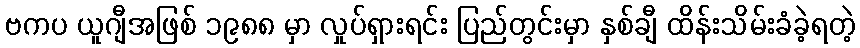
ဗကပ ယူဂျီအဖြစ် ၁၉၈၈ မှာ လှုပ်ရှားရင်း ပြည်တွင်းမှာ နှစ်ချီ ထိန်းသိမ်းခံခဲ့ရတဲ့